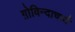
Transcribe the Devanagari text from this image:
ग़ोविन्दाचार्य